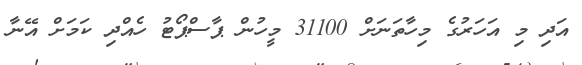
އަދި މި އަހަރުގެ މިހާތަނަށް 31100 މީހުން ޕާސްޕޯޓު ހެއްދި ކަމަށް އޭނާ